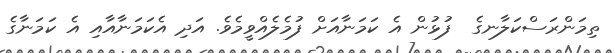
ތިމަންރަސްކަލާނގެ  ފުޅުން އެ ކަމަނާއަށް ފުމެލެއްވީމެވެ. އަދި އެކަމަނާއާއި އެ ކަމަނާގެ